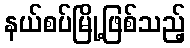
နယ်စပ်မြို့ဖြစ်သည့်